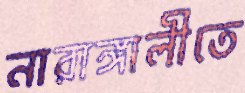
নারাঙ্গালীতে